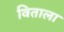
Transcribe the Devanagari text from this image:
विताला